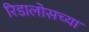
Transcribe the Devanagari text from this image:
रिडालोसच्या